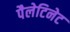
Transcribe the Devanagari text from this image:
पैलेटिनेट